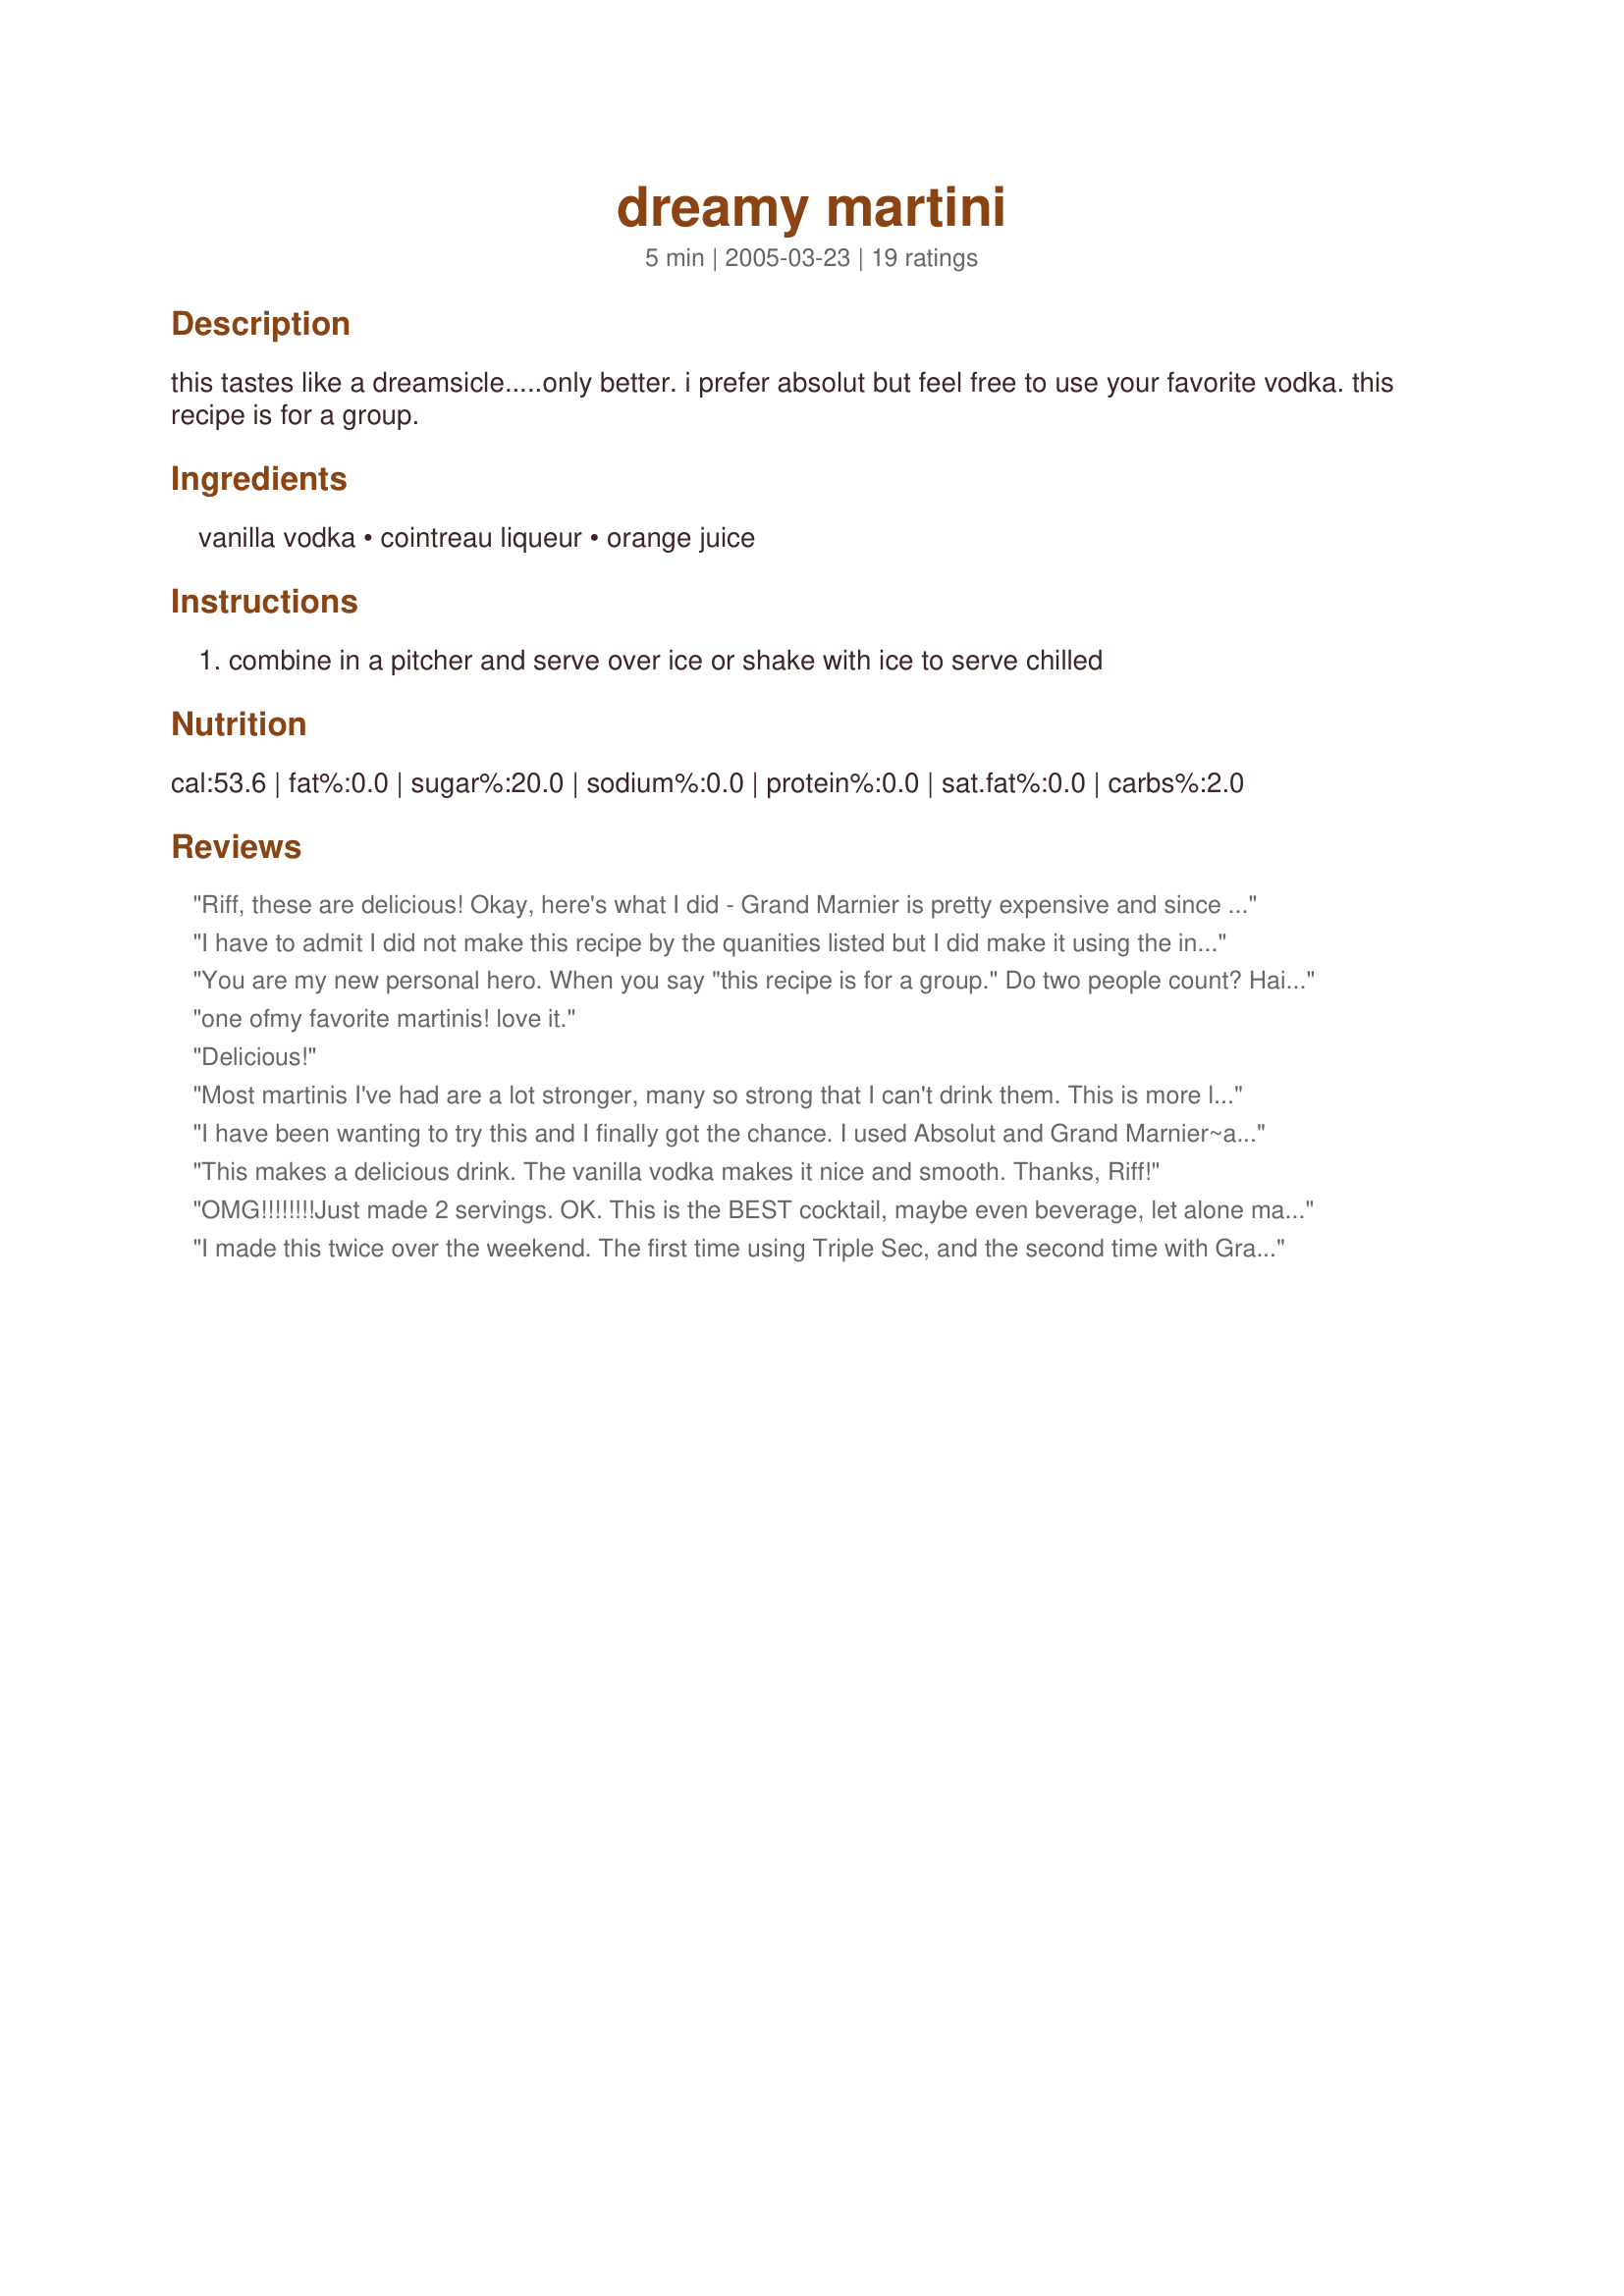
dreamy martini
Preparation time: 5 minutes

this tastes like a dreamsicle.....only better. i prefer absolut but feel free to use your favorite vodka. this recipe is for a group.

Ingredients:
vanilla vodka, cointreau liqueur, orange juice

Steps:
combine in a pitcher and serve over ice or shake with ice to serve chilled

Reviews:
Riff, these are delicious! Okay, here's what I did - Grand Marnier is pretty expensive and since I didn't know if I would love these or not, I used triple sec. They were awesome! Now that I know how much we like these, I'll pick up the Grand Marnier. Thanks for an awesome drink recipe!
I have to admit I did not make this recipe by the quanities listed but I did make it using the ingredients as I had guests and we were playing around inventing drinks. The combination is fantastic. I didn't realize a recipe had been posted. This is one of those that tastes great and will knock you on your butt!
You are my new personal hero. When you say "this recipe is for a group." Do two people count? Hairdresser and I put a hurting on these! WOW!! Needless to say, he didn't TOUCH my hair that day! Thanks!
one ofmy favorite martinis! love it.
Delicious!
Most martinis I've had are a lot stronger, many so strong that I can't drink them. This is more like a regular mixed drink. Very tasty. Thanks for sharing the recipe!
I have been wanting to try this and I finally got the chance. I used Absolut and Grand Marnier~and found it to be the perfect drink to relax with on my deck. I did half the recipe as 10 servings would be too much for Grace and I to drink. (Well, not Grace)she even loved it and that is quite the compliment. After the 2nd one I thought I better stop or I wouldnt be able to remember what I needed to review. Thanks Riff~ This is an easy, relaxing drink I will be making again~ YOU ROCK.
This makes a delicious drink. The vanilla vodka makes it nice and smooth. Thanks, Riff!
OMG!!!!!!!!Just made 2 servings. OK. This is the BEST cocktail, maybe even beverage, let alone martini, we've ever had!(my DH and I). I used fresh squeezed orange juice from oranges my mom mailed me from her CA garden and we are sooooo addicted. Burp. I just gulped mine down after a lemon drop martini and this rocks. If you use fresh squeezed oj and use a cocktail shaker and chill the glasses you will be in dreamsicle heaven. I used Stoli Vanil and Triple Sec. Gotta go! I'm gonna make 2 more, maybe 3 so hubby can have one?
I made this twice over the weekend. The first time using Triple Sec, and the second time with Grand Marnier. Both times I used Absolute. These were yummy, AND also packed a punch. Great drink recipe.
Oh yummy, yummy. Made this last weekend and forgot to review it. Did not make the whole amount as I only wanted one drink....or maybe I had two? ;) Don't have vanilla vodka so used a couple drops of vanilla extract. Definitely one for the weekend. Thanks!
This is yummy! Thanks for posting this recipe :)
Dreamy is a great description for this drink. I will make this over and over again. I tried it both with the Grand Marnier and without and loved it both ways. I poured this drink into a martini glass and then used a melon ball scoop to scoop out two or three small ice cream balls. I set these into the martini glass and as you sipped the drink the ice cream melted swirling white creaminess throughout the orange drink. It was fantastic.
I only had blue curacao, so the drinked turned out emerald green. Delicious!
I have seen/tried this type of recipe with cream in it, but I like it SO much better like this... Delicious but potent so watch out because they go down very smoothly!
MMMMMM! We made it with 1 1/2 c OJ instead of 2 1/2 for a little more bite. DELICIOUS. And dangerous. :)
Made these for my hubby and myself last night, and we both loved them. Hubby kept saying, "Wow, these are good!" I added a little half & half for an added touch of creaminess. Fantastic!
Wowwy!!! We enjoyed this on one of the first very warm Arizona evenings. This was spontaneous so I had to make some adjustments. Instead of vanilla vodka, I used regular vodka and added a few drops of vanilla. Instead of orange juice, I had a juice blend on hand of Strawberry, Orange and pineapple. DH and I agree this version was very good and very potent, however with the orange juice it would be even better! Also, I made ours for two, by adding 1 shot each of Vodka and Grand Marnier, then filling the rest of the tumbler with juice and ice. Thanks for this great alternative to our traditional Martini's!
Wow. Made this for a party last night at my friends. I followed the recipe and they were excellent. Used triple sec b/c Grand Marnier is crazy expensive. lol. Thanks :)
